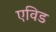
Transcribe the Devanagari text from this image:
एविड